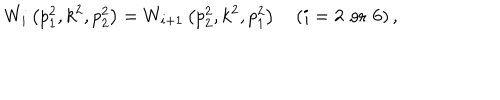
LaTeX: W _ { i } \left( p _ { 1 } ^ { 2 } , k ^ { 2 } , p _ { 2 } ^ { 2 } \right) = W _ { i + 1 } \left( p _ { 2 } ^ { 2 } , k ^ { 2 } , p _ { 1 } ^ { 2 } \right) \quad ( i = 2 \, \, \mathrm { { o r } } \, \, 6 ) \, ,